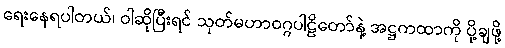
ရေးနေရပါတယ်၊ ဝါဆိုပြီးရင် သုတ်မဟာဝဂ္ဂပါဠိတော်နဲ့ အဋ္ဌကထာကို ပို့ချဖို့